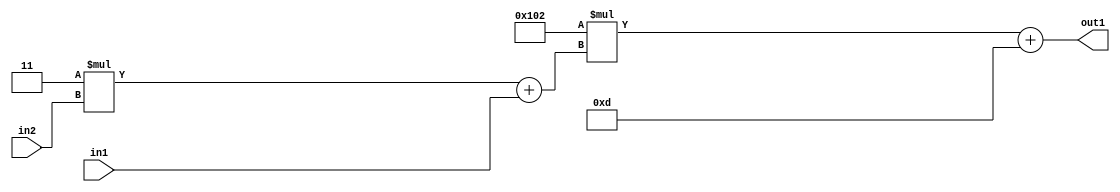
`timescale 1ps / 1ps
/*****************************************************************************
    Verilog RTL Description
    
    
    Created by: Stratus DpOpt 2019.1.01 
*******************************************************************************/

module DC_Filter_Add2i13Mul2i258Add2u1Mul2i3u2_4 (
	in2,
	in1,
	out1
	); /* architecture "behavioural" */ 
input [1:0] in2;
input  in1;
output [11:0] out1;
wire [11:0] asc001;
wire [3:0] asc002;

wire [3:0] asc002_tmp_0;
assign asc002_tmp_0 = 
	+(4'B0011 * in2);
assign asc002 = asc002_tmp_0
	+(in1);

wire [11:0] asc001_tmp_1;
assign asc001_tmp_1 = 
	+(12'B000100000010 * asc002);
assign asc001 = asc001_tmp_1
	+(12'B000000001101);

assign out1 = asc001;
endmodule

/* CADENCE  v7byTQs= : u9/ySgnWtBlWxVPRXgAZ4Og= ** DO NOT EDIT THIS LINE ******/